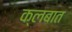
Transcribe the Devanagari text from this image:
क्लबात